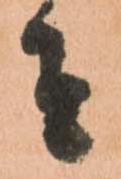
者